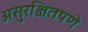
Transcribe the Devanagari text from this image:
असुरक्षितपणे